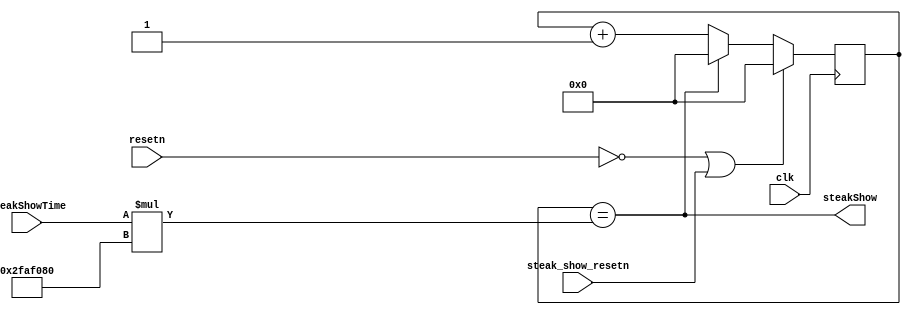
module steak_show_counter (
  input clk,
  input resetn,
  input steak_show_resetn,
  input [2:0] steakShowTime,
  output steakShow
  );

wire [25:0] one_sec = 26'b10111110101111000010000000; // 50M
wire clear;
reg [28:0] count;
always@(posedge clk) begin
  if (!resetn || steak_show_resetn) begin
    count <= 28'd0;
	end
  else if (clear) begin
    count <= 28'd0;
	end
  else begin
    count <= count + 28'd1;
	end
end
assign clear = (count == steakShowTime * one_sec);
assign steakShow = clear;
endmodule